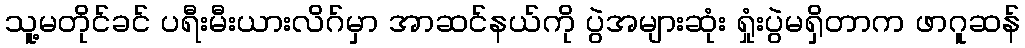
သူ့မတိုင်ခင် ပရီးမီးယားလိဂ်မှာ အာဆင်နယ်ကို ပွဲအများဆုံး ရှုံးပွဲမရှိတာက ဖာဂူဆန်